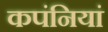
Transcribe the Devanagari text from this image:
कपंनियां